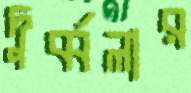
দুর্ব্বলার